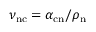
\nu _ { \mathrm { n c } } = \alpha _ { \mathrm { c n } } / \rho _ { \mathrm { n } }